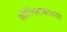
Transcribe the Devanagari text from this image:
कोटिंगबाबतच्या